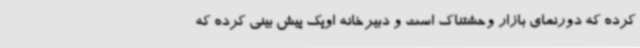
کرده که دورنمای بازار وحشتناک است و دبیرخانه اوپک پیش بینی کرده که